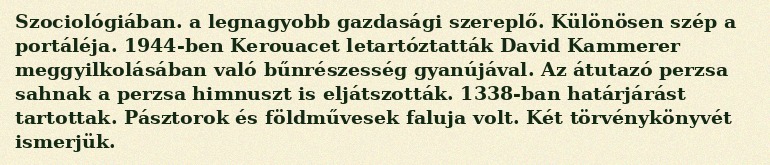
Szociológiában. a legnagyobb gazdasági szereplő. Különösen szép a portáléja. 1944-ben Kerouacet letartóztatták David Kammerer meggyilkolásában való bűnrészesség gyanújával. Az átutazó perzsa sahnak a perzsa himnuszt is eljátszották. 1338-ban határjárást tartottak. Pásztorok és földművesek faluja volt. Két törvénykönyvét ismerjük.